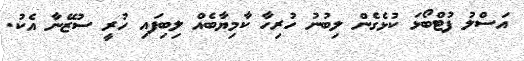
އަސްލު ފުޓްބޯޅަ ކުޅެގެން ލިބުނު ހުރިހާ ކާމިޔާބެއް ލިބިފައި ހުރީ ސުޒޭނާ އެކު.